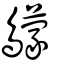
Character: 䴌